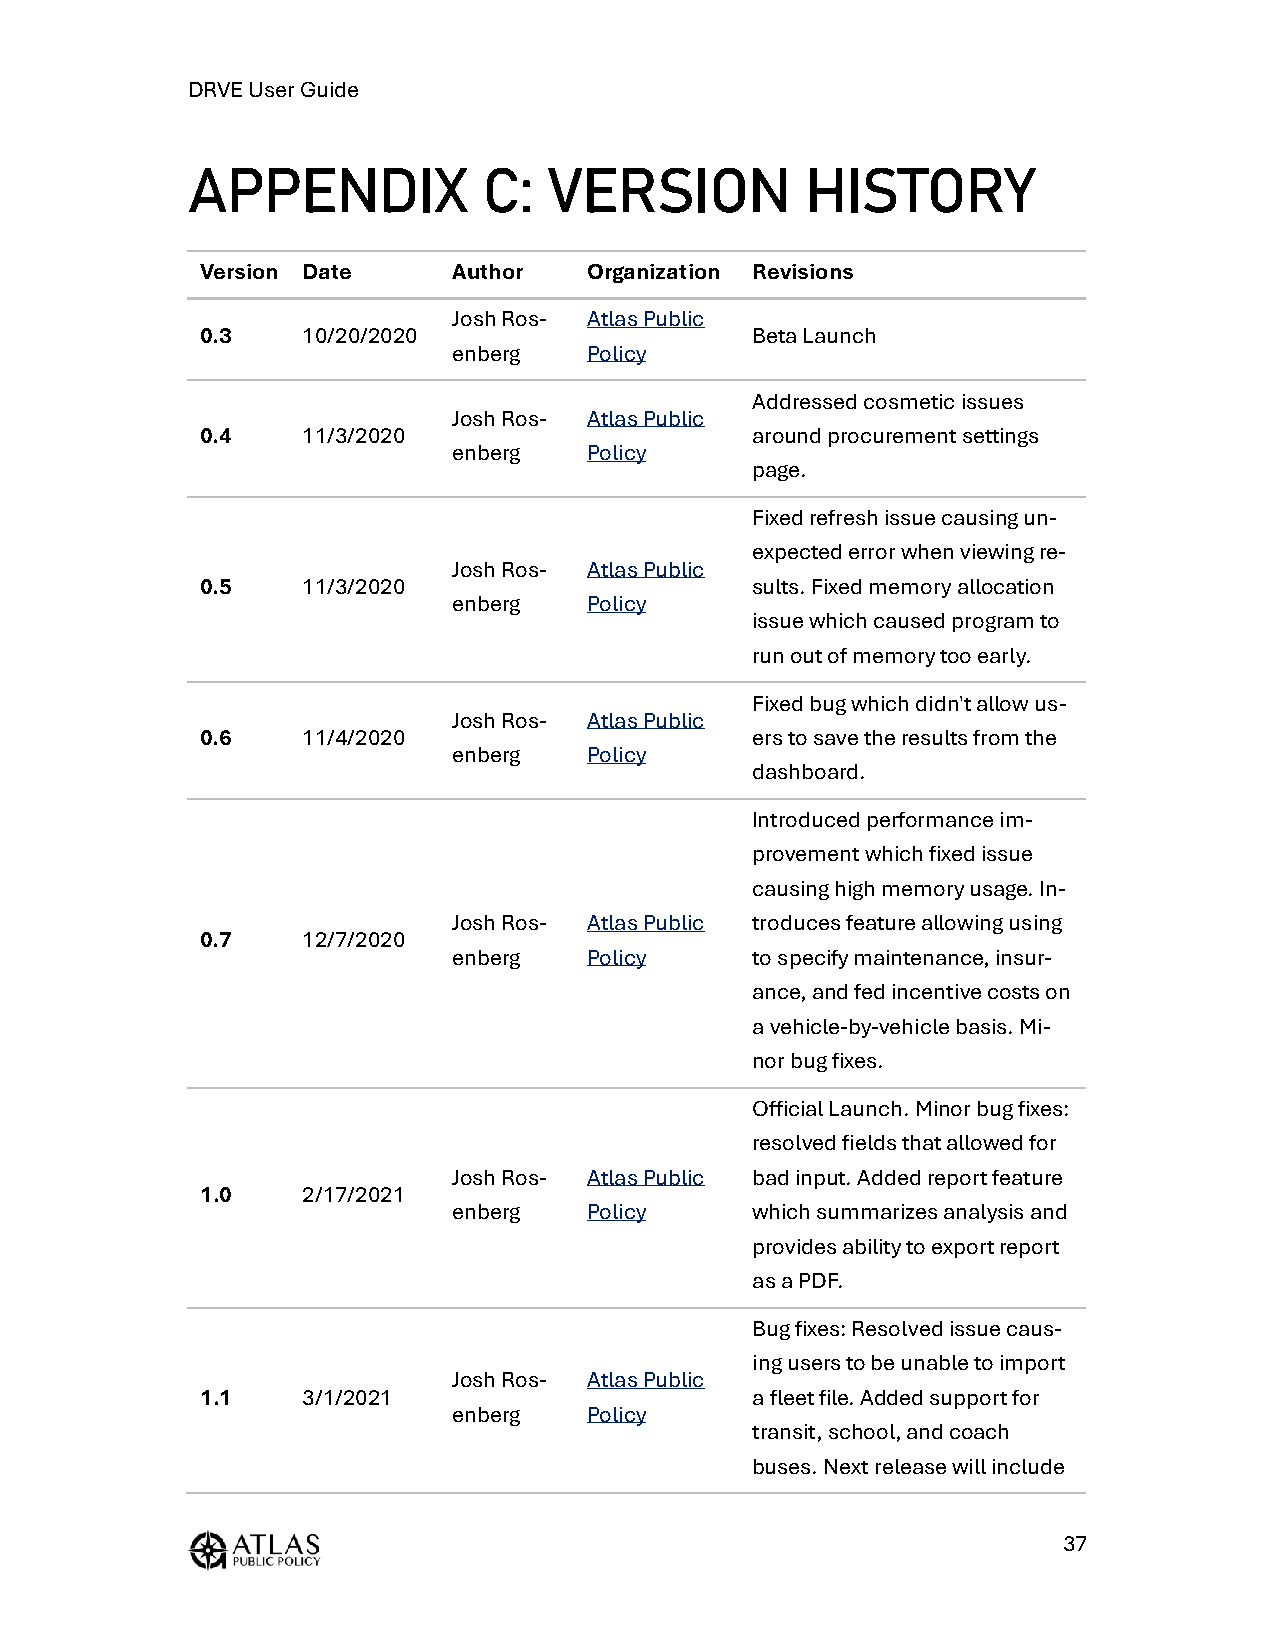
DRVE User Guide
 APPENDIX            C:  VERSION          HISTORY
 Version Date     Author   Organization Revisions
 Josh Ros- Atlas Public
 0.3    10/20/2020                    Beta Launch
 enberg   Policy
 Addressed cosmetic issues
 Josh Ros- Atlas Public
 0.4    11/3/2020                     around procurement settings
 enberg   Policy
 page.
 Fixed refresh issue causing un-
 expected error when viewing re-
 Josh Ros- Atlas Public
 0.5    11/3/2020                     sults. Fixed memory allocation
 enberg   Policy
 issue which caused program to
 run out of memory too early.
 Fixed bug which didn't allow us-
 Josh Ros- Atlas Public
 0.6    11/4/2020                     ers to save the results from the
 enberg   Policy
 dashboard.
 Introduced performance im-
 provement which fixed issue
 causing high memory usage. In-
 Josh Ros- Atlas Public troduces feature allowing using
 0.7    12/7/2020
 enberg   Policy     to specify maintenance, insur-
 ance, and fed incentive costs on
 a vehicle-by-vehicle basis. Mi-
 nor bug fixes.
 Official Launch. Minor bug fixes:
 resolved fields that allowed for
 Josh Ros- Atlas Public bad input. Added report feature
 1.0    2/17/2021
 enberg   Policy     which summarizes analysis and
 provides ability to export report
 as a PDF.
 Bug fixes: Resolved issue caus-
 ing users to be unable to import
 Josh Ros- Atlas Public
 1.1    3/1/2021                      a fleet file. Added support for
 enberg   Policy
 transit, school, and coach
 buses. Next release will include
 37